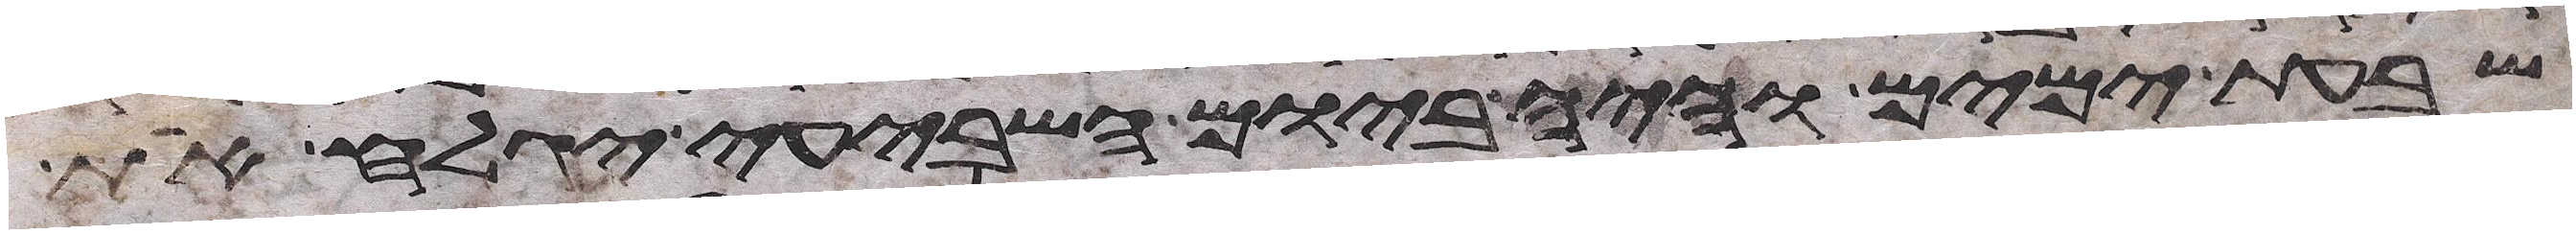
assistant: שבעת ימים והיה ביום השביעי יגלח את